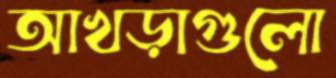
আখড়াগুলো